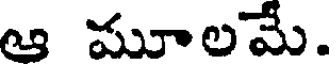
ఆ మూలమే.